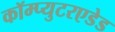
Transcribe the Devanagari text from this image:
कॉम्प्युटरएडेड